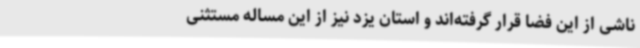
ناشی از این فضا قرار گرفته‌اند و استان یزد نیز از این مساله مستثنی